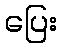
ပြေး